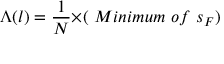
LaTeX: { \Lambda } ( l ) = \frac { 1 } { N } { \times } ( ~ M i n i m u m ~ o f ~ s _ { F } )